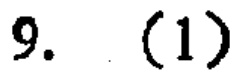
9. (1)